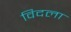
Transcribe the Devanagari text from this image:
विदला